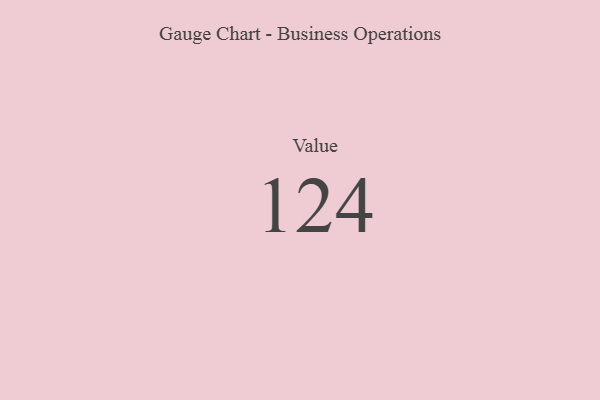
{"axis": {"x": "Metric", "y": "Value"}, "legend": [""], "data": [{"x": "Value", "y": 124, "type": ""}]}